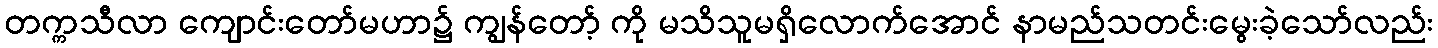
တက္ကသီလာ ကျောင်းတော်မဟာ၌ ကျွန်တော့် ကို မသိသူမရှိလောက်အောင် နာမည်သတင်းမွေးခဲ့သော်လည်း